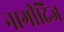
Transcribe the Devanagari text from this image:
नागीदिज